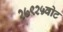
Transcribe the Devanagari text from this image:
२७९२५वोट